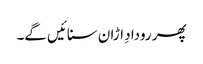
پھر رودادِ اڑان سنائیں گے۔